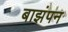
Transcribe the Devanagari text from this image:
बाझंपन